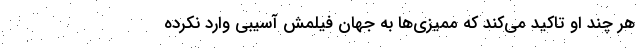
هر چند او تاکید می‌کند که ممیزی‌ها به جهان فیلمش آسیبی وارد نکرده